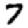
Digit: 7